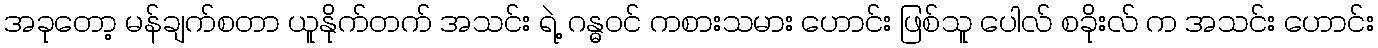
အခုတော့ မန်ချက်စတာ ယူနိုက်တက် အသင်း ရဲ့ ဂန္ဓဝင် ကစားသမား ဟောင်း ဖြစ်သူ ပေါလ် စခိုးလ် က အသင်း ဟောင်း